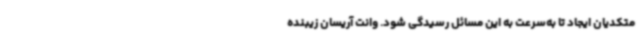
متکدیان ایجاد تا به‌سرعت به این مسائل رسیدگی شود. وانت آریسان زیبنده